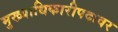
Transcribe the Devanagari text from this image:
मुख्याधिकारीपदावर